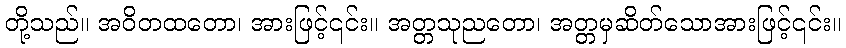
တို့သည်။ အဝိတထတော၊ အားဖြင့်၎င်း။ အတ္တသုညတော၊ အတ္တမှဆိတ်သောအားဖြင့်၎င်း။